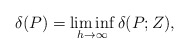
\begin{align*}\delta(P) = \liminf_{h\to\infty} \delta(P; Z),\end{align*}